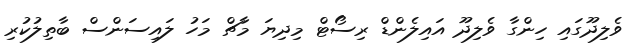
ވެލިދޫގައި ހިންގާ ވެލިދޫ އައިލެންޑް ރިސޯޓް މިދިޔަ މާޗް މަހު ލައިސަންސް ބާތިލުކުރި